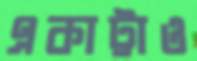
একাট্টাও